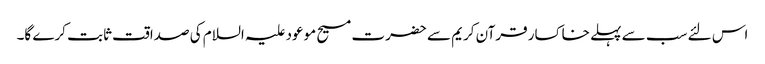
اس لئے سب سے پہلے خاکسار قرآن کریم سے حضرت مسیح موعود علیہ السلام کی صداقت ثابت کرے گا۔